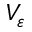
V _ { \varepsilon }